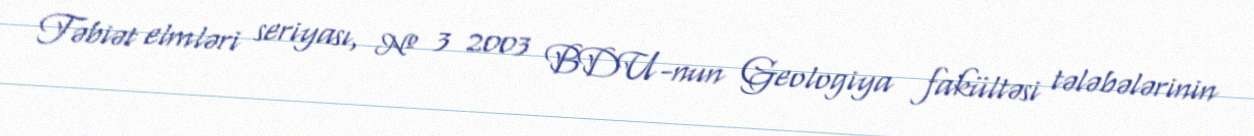
Təbiət elmləri seriyası, № 3 2003 BDU-nun Geologiya fakültəsi tələbələrinin